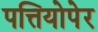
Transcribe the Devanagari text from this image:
पत्तियोपेर